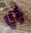
راي